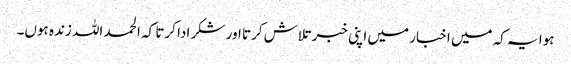
ہوا یہ کہ میں اخبار میں اپنی خبر تلاش کرتا اور شکر ادا کرتا کہ الحمد اللہ زندہ ہوں۔